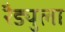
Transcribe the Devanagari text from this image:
रैड्युला